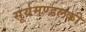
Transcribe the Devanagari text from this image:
सूर्यमण्डलकी